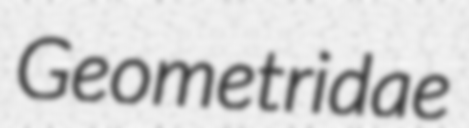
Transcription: Geometridae